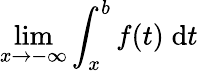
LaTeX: \operatorname*{lim}_{x\to-\infty}\int_{x}^{b}f(t)\; \mathrm{d}t